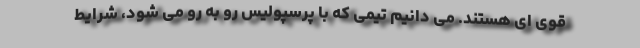
قوی ای هستند. می ‌دانیم تیمی که با پرسپولیس رو به رو می شود، شرایط